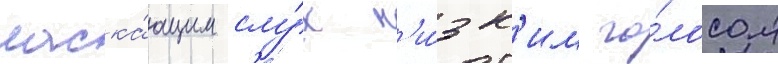
ласка́ющим слу́х н'и́зк'им го́лосом